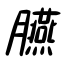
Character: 臙